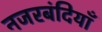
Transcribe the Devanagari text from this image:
नजरबंदियाँ